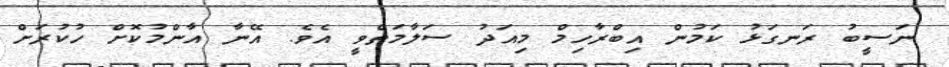
ނަސީބު ރަނގަޅު ކަމުން އިބްރާހިމް މިއަދު ސަލާމަތްވީ އެވެ. އޭނާ އާންމުކޮށް ހުކުރަށް